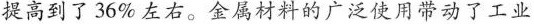
提高到了36\%左右。金属材料的广泛使用带动了工业